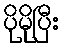
ပိုမိုပြီး